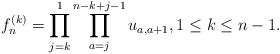
\begin{gather*} f_{n}^{(k)}= \prod_{j=k}^{1} \prod_{a=j}^{n-k+j-1} u_{a,a+1}, 1 \le k \le n-1. \end{gather*}